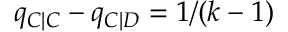
q _ { C | C } - q _ { C | D } = 1 / ( k - 1 )